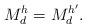
\begin{align*}M_d^h=M_d^{h'}.\end{align*}